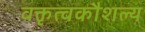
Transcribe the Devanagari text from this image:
वक्तृत्वकौशल्य